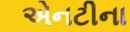
એનટીના